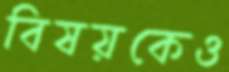
বিষয়কেও